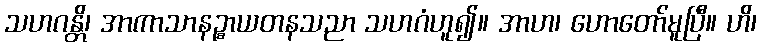
သဟဂန္တိ၊ အာကာသာနဉ္စာယတနသညာ သဟဂံဟူ၍။ အာဟ၊ ဟောတော်မူပြီ။ ဟိ၊